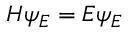
H \psi _ { E } = E \psi _ { E }